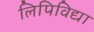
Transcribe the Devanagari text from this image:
लिपिविद्या